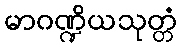
မာဂဏ္ဍိယသုတ္တံ